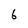
Character: 6